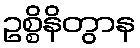
ဥစ္စိနိတွာန